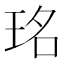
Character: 𤥁